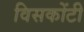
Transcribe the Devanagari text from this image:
विसकोंटी